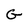
Character: G